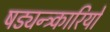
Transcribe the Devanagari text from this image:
षड्यन्त्र्कारियों